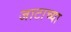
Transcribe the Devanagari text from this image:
जाटाच्या